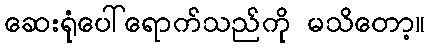
ဆေးရုံပေါ်ရောက်သည်ကို မသိတော့။